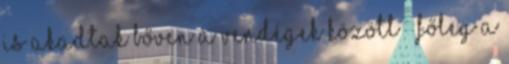
is akadtak bőven a vendégek között – főleg a